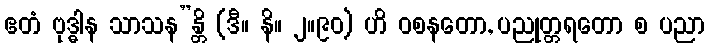
ဧတံ ဗုဒ္ဓါန သာသန”န္တိ (ဒီ။ နိ။ ၂။၉၀) ဟိ ဝစနတော, ပညုတ္တရတော စ ပညာ